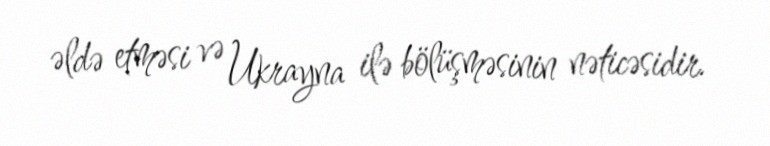
əldə etməsi və Ukrayna ilə bölüşməsinin nəticəsidir.